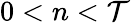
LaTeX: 0<n<\mathcal{T}